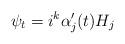
LaTeX: \begin{align*}\psi_t =i^{k}\alpha'_{j}(t)H_j\end{align*}